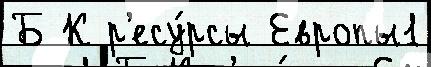
Б К р'есу́рсы Европы1